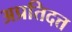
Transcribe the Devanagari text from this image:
अप्रतिदत्त